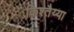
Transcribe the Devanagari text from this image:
किश्तैय्या